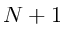
N + 1